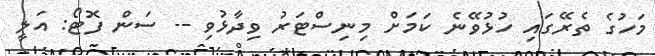
މަހުގެ ތެރޭގައި ހުޅުވޭނެ ކަމަށް މިނިސްޓަރު ވިދާޅުވި -- ސަން ފޮޓޯ: އަލީ